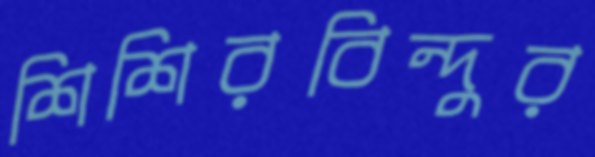
শিশিরবিন্দুর